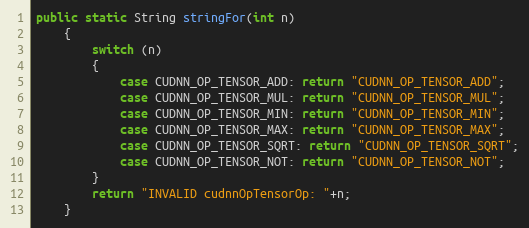
Language: Java
public static String stringFor(int n)
    {
        switch (n)
        {
            case CUDNN_OP_TENSOR_ADD: return "CUDNN_OP_TENSOR_ADD";
            case CUDNN_OP_TENSOR_MUL: return "CUDNN_OP_TENSOR_MUL";
            case CUDNN_OP_TENSOR_MIN: return "CUDNN_OP_TENSOR_MIN";
            case CUDNN_OP_TENSOR_MAX: return "CUDNN_OP_TENSOR_MAX";
            case CUDNN_OP_TENSOR_SQRT: return "CUDNN_OP_TENSOR_SQRT";
            case CUDNN_OP_TENSOR_NOT: return "CUDNN_OP_TENSOR_NOT";
        }
        return "INVALID cudnnOpTensorOp: "+n;
    }